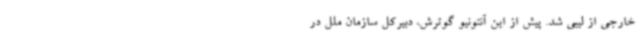
خارجی از لیبی شد. پیش از این آنتونیو گوترش، دبیرکل سازمان ملل در